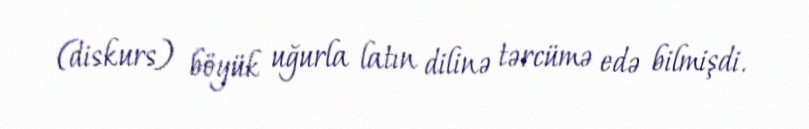
(diskurs) böyük uğurla latın dilinə tərcümə edə bilmişdi.